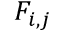
F _ { i , j }